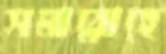
সমারোহে